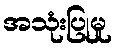
အသုံးပြုမှု